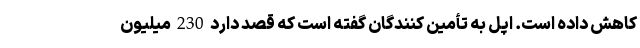
کاهش داده است. اپل به تأمین کنندگان گفته است که قصد دارد 230 میلیون